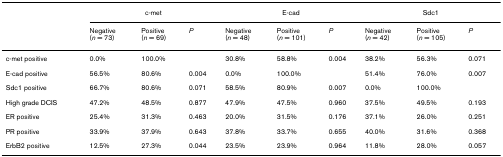
<table><thead><tr><td></td><td colspan="3"><b>c-met</b></td><td colspan="3"><b>E-cad</b></td><td colspan="3"><b>Sdc1</b></td></tr><tr><td></td><td><b>Negative (<i>n </i>= 73)</b></td><td><b>Positive (<i>n </i>= 69)</b></td><td><b><i>P</i></b></td><td><b>Negative (<i>n </i>= 48)</b></td><td><b>Positive (<i>n </i>= 101)</b></td><td><b><i>P</i></b></td><td><b>Negative (<i>n </i>= 42)</b></td><td><b>Positive (<i>n </i>= 105)</b></td><td><b><i>P</i></b></td></tr></thead><tbody><tr><td>c-met positive</td><td>0.0%</td><td>100.0%</td><td></td><td>30.8%</td><td>58.8%</td><td>0.004</td><td>38.2%</td><td>56.3%</td><td>0.071</td></tr><tr><td>E-cad positive</td><td>56.5%</td><td>80.6%</td><td>0.004</td><td>0.0%</td><td>100.0%</td><td></td><td>51.4%</td><td>76.0%</td><td>0.007</td></tr><tr><td>Sdc1 positive</td><td>66.7%</td><td>80.6%</td><td>0.071</td><td>58.5%</td><td>80.9%</td><td>0.007</td><td>0.0%</td><td>100.0%</td><td></td></tr><tr><td>High grade DCIS</td><td>47.2%</td><td>48.5%</td><td>0.877</td><td>47.9%</td><td>47.5%</td><td>0.960</td><td>37.5%</td><td>49.5%</td><td>0.193</td></tr><tr><td>ER positive</td><td>25.4%</td><td>31.3%</td><td>0.463</td><td>20.0%</td><td>31.5%</td><td>0.176</td><td>37.1%</td><td>26.0%</td><td>0.251</td></tr><tr><td>PR positive</td><td>33.9%</td><td>37.9%</td><td>0.643</td><td>37.8%</td><td>33.7%</td><td>0.655</td><td>40.0%</td><td>31.6%</td><td>0.368</td></tr><tr><td>ErbB2 positive</td><td>12.5%</td><td>27.3%</td><td>0.044</td><td>23.5%</td><td>23.9%</td><td>0.964</td><td>11.8%</td><td>28.0%</td><td>0.057</td></tr></tbody></table>